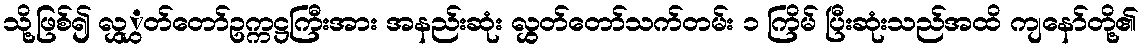
သို့ဖြစ်၍ လွှွှတ်တော်ဥက္ကဋ္ဌကြီးအား အနည်းဆုံး လွှွှတ်တော်သက်တမ်း ၁ ကြိမ် ပြီးဆုံးသည်အထိ ကျနော်တို့၏